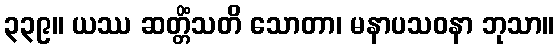
၃၃၉။ ယဿ ဆတ္တိံသတိ သောတာ၊ မနာပသဝနာ ဘုသာ။